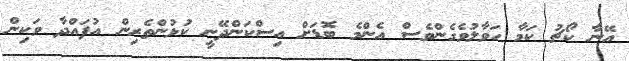
އޭނާ ކޯޗު ކަމާ ހަވާލުވެގެންވެސް އެންމެ ބޮޑަށް އިސްކަންދޭނީ ކުޅުންތެރިން އުފައްދާ ވަކިން